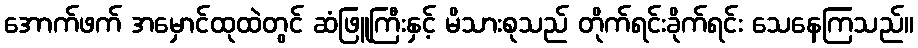
အောက်ဖက် အမှောင်ထုထဲတွင် ဆံဖြူကြီးနှင့် မိသားစုသည် တိုက်ရင်းခိုက်ရင်း သေနေကြသည်။